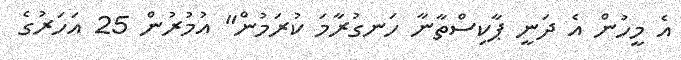
އެ މީހުން އެ ދަނީ ޕާކިސްތާނާ ހަނގުރާމަ ކުރަމުން" އުމުރުން 25 އަހަރުގެ